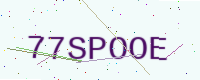
Text: 77SPOOE